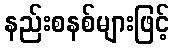
နည်းစနစ်များဖြင့်